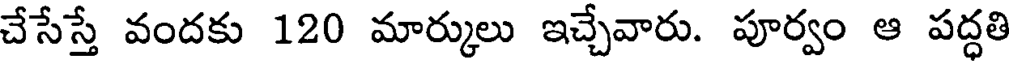
చేసేస్తే వందకు 120 మార్కులు ఇచ్చేవారు. పూర్వం ఆ పద్ధతి